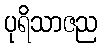
ပုရိသာဇည